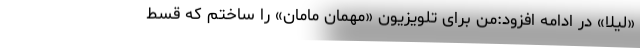
«لیلا» در ادامه افزود:من برای تلویزیون «مهمان مامان» را ساختم که قسط